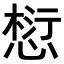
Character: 𪬓